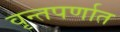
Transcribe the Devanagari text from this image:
वृन्तपर्णात